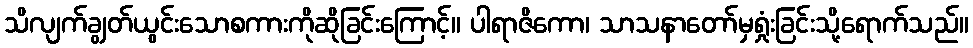
သိလျက်ချွတ်ယွင်းသောစကားကိုဆိုခြင်းကြောင့်။ ပါရာဇိကော၊ သာသနာတော်မှရှုံးခြင်းသို့ရောက်သည်။